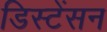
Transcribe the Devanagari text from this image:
डिस्टेंसन